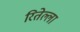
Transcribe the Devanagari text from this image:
रितेल्ला